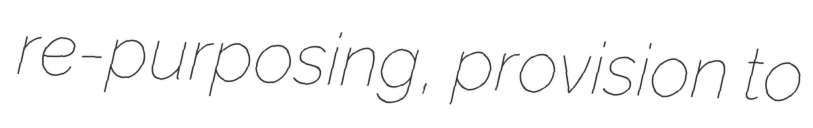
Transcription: re-purposing, provision to